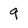
Character: 9